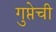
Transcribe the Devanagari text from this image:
गुप्तेची